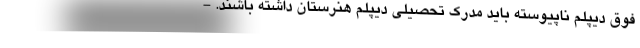
فوق دیپلم ناپیوسته باید مدرک تحصیلی دیپلم هنرستان داشته باشند. -